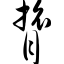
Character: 膂